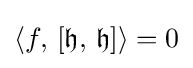
\langle f,\,[{\mathfrak {h}},\,{\mathfrak {h}}]\rangle =0